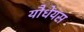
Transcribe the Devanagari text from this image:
यौधेयस